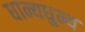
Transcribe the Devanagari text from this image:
धान्यधुन्य